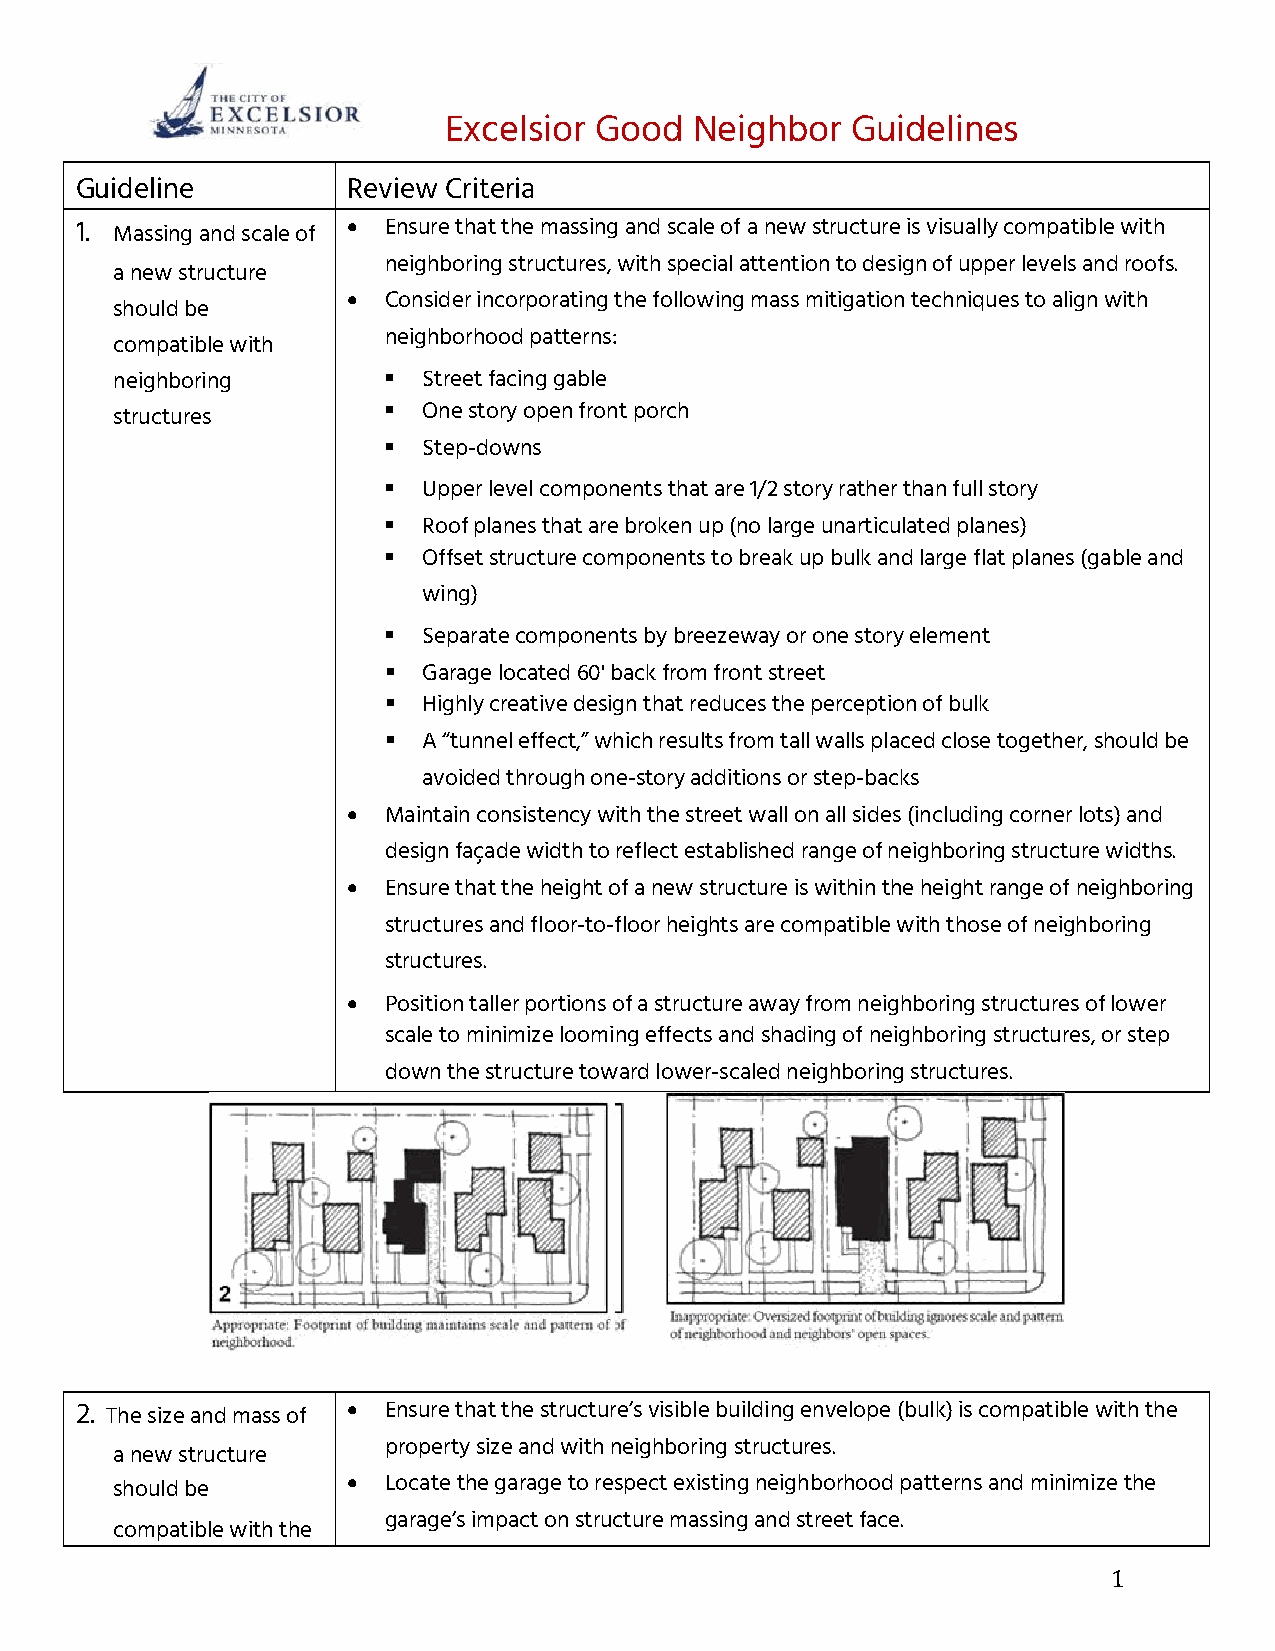
Excelsior Good   Neighbor  Guidelines
 Guideline         Review Criteria
 •
 1. Massing and scale of Ensure that the massing and scale of a new structure is visually compatible with
 neighboring structures, with special attention to design of upper levels and roofs.
 a new structure
 •
 Consider incorporating the following mass mitigation techniques to align with
 should be
 neighborhood patterns:
 compatible with
 ▪
 neighboring          Street facing gable
 ▪
 structures           One story open front porch
 ▪
 Step-downs
 ▪
 Upper level components that are 1/2 story rather than full story
 ▪
 Roof planes that are broken up (no large unarticulated planes)
 ▪
 Offset structure components to break up bulk and large flat planes (gable and
 wing)
 ▪
 Separate components by breezeway or one story element
 ▪
 Garage located 60' back from front street
 ▪
 Highly creative design that reduces the perception of bulk
 ▪
 A “tunnel effect,” which results from tall walls placed close together, should be
 avoided through one-story additions or step-backs
 •
 Maintain consistency with the street wall on all sides (including corner lots) and
 design façade width to reflect established range of neighboring structure widths.
 •
 Ensure that the height of a new structure is within the height range of neighboring
 structures and floor-to-floor heights are compatible with those of neighboring
 structures.
 •
 Position taller portions of a structure away from neighboring structures of lower
 scale to minimize looming effects and shading of neighboring structures, or step
 down the structure toward lower-scaled neighboring structures.
 •
 2. The size and mass of Ensure that the structure’s visible building envelope (bulk) is compatible with the
 property size and with neighboring structures.
 a new structure
 •
 should be         Locate the garage to respect existing neighborhood patterns and minimize the
 garage’s impact on structure massing and street face.
 compatible with the
 1